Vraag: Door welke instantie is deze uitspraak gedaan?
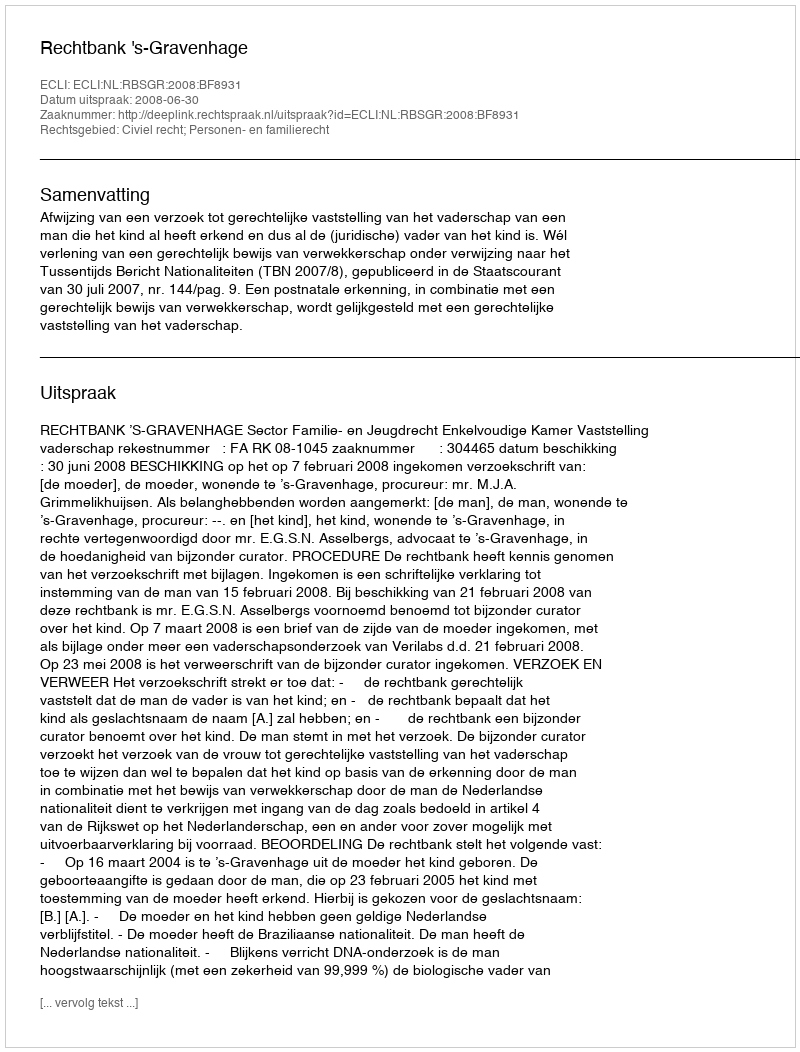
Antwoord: Rechtbank 's-Gravenhage